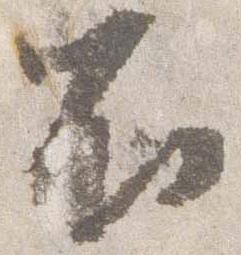
不